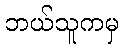
ဘယ်သူကမှ